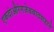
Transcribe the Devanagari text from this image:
एकदांऔरंगजेबबादशहाने